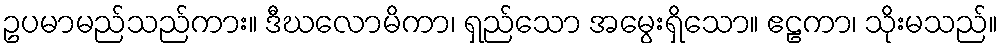
ဥပမာမည်သည်ကား။ ဒီဃလောမိကာ၊ ရှည်သော အမွေးရှိသော။ ဧဠကာ၊ သိုးမသည်။